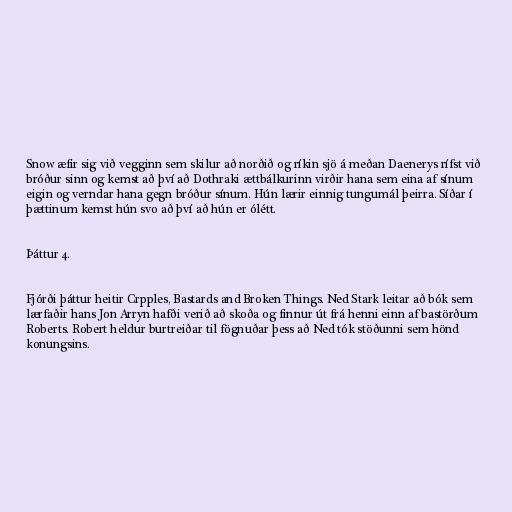
Snow æfir sig við vegginn sem skilur að norðið og ríkin sjö á meðan Daenerys rífst við
bróður sinn og kemst að því að Dothraki ættbálkurinn virðir hana sem eina af sínum
eigin og verndar hana gegn bróður sínum. Hún lærir einnig tungumál þeirra. Síðar í
þættinum kemst hún svo að því að hún er ólétt.

Þáttur 4.

Fjórði þáttur heitir Crpples, Bastards and Broken Things. Ned Stark leitar að bók sem
lærfaðir hans Jon Arryn hafði verið að skoða og finnur út frá henni einn af bastörðum
Roberts. Robert heldur burtreiðar til fögnuðar þess að Ned tók stöðunni sem hönd
konungsins.